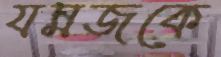
যমজকে